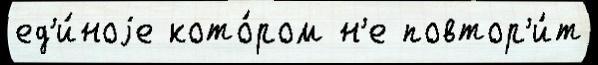
ед'и́ноjе кото́ром н'е повтор'и́т